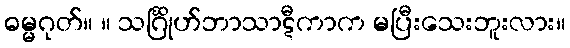
ဓမ္မဂုတ်။ ။ သင်္ဂြိုဟ်ဘာသာဋီကာက မပြီးသေးဘူးလား။